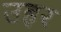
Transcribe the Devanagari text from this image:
उहर